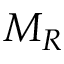
M _ { R }